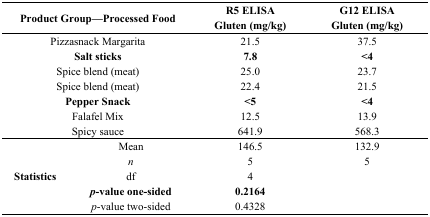
| <COLSPAN=2> Product Group—Processed Food | R5 ELISA Gluten (mg/kg) | G12 ELISA Gluten (mg/kg) |
 | --- | --- | --- | --- |
 | <COLSPAN=2> Pizzasnack Margarita | 21.5 | 37.5 |
 | <COLSPAN=2> Salt sticks | 7.8 | <4 |
 | <COLSPAN=2> Spice blend (meat) | 25.0 | 23.7 |
 | <COLSPAN=2> Spice blend (meat) | 22.4 | 21.5 |
 | <COLSPAN=2> Pepper Snack | <5 | <4 |
 | <COLSPAN=2> Falafel Mix | 12.5 | 13.9 |
 | <COLSPAN=2> Spicy sauce | 641.9 | 568.3 |
 | <ROWSPAN=5> Statistics | Mean | 146.5 | 132.9 |
 | n | 5 | 5 |
 | df | 4 |  |
 | p-value one-sided | 0.2164 |  |
 | p-value two-sided | 0.4328 |  |